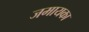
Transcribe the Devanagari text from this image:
जमायका